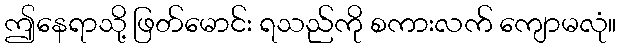
ဤနေရာသို့ ဖြတ်မောင်း ရသည်ကို စကားလက် ကျောမလုံ။